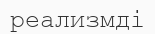
реализмді